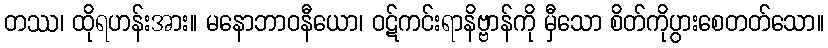
တဿ၊ ထိုရဟန်းအား။ မနောဘာဝနီယော၊ ဝဋ်ကင်းရာနိဗ္ဗာန်ကို မှီသော စိတ်ကိုပွားစေတတ်သော။